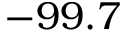
- 9 9 . 7